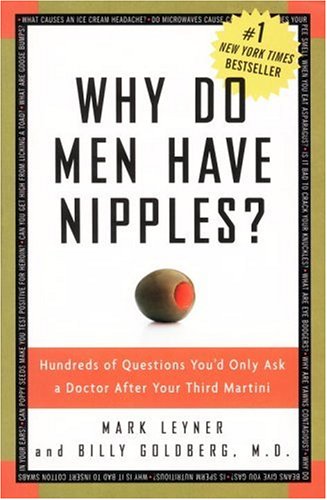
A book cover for Why Do Men Have Nipples? Hundreds of Questions You'd Only Ask a Doctor After Your Third Martini; Mark Leyner; Humor & Entertainment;